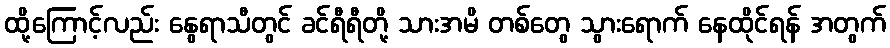
ထို့ကြောင့်လည်း နွေရာသီတွင် ခင်ရီရီတို့ သားအမိ တစ်တွေ သွားရောက် နေထိုင်ရန် အတွက်